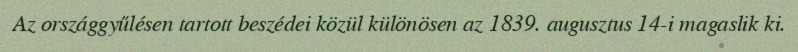
Az országgyűlésen tartott beszédei közül különösen az 1839. augusztus 14-i magaslik ki.